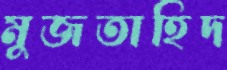
মুজতাহিদ